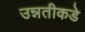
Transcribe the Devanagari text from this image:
उन्नतीकडे